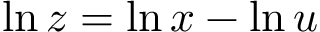
\ln z = \ln x - \ln u